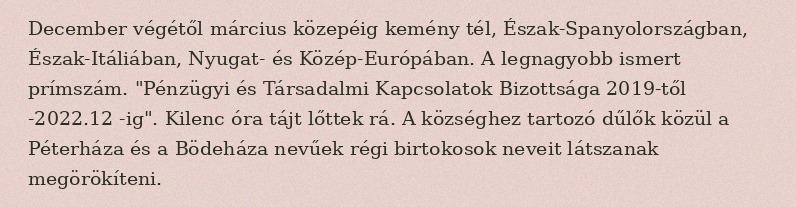
December végétől március közepéig kemény tél, Észak-Spanyolországban, Észak-Itáliában, Nyugat- és Közép-Európában. A legnagyobb ismert prímszám. "Pénzügyi és Társadalmi Kapcsolatok Bizottsága 2019-től -2022.12 -ig". Kilenc óra tájt lőttek rá. A községhez tartozó dűlők közül a Péterháza és a Bödeháza nevűek régi birtokosok neveit látszanak megörökíteni.